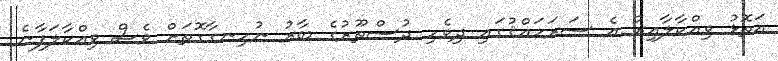
އަތޮޅު ވިއްކާލާއިރު އެ ސަރަހައްޤުގައި ދިވެހި ދުސްތޫރުގެ ބާރު ނުހިނގާގޮތަށް ވެސް ވިއްކާލަފާނެ